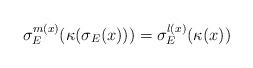
LaTeX: \begin{align*}\sigma_E^{m(x)} ( \kappa( \sigma_E(x) ) ) = \sigma_E^{l(x)} ( \kappa(x) ) \end{align*}